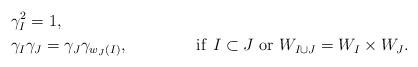
LaTeX: \begin{align*}&\gamma_I^2=1, \\&\gamma_I\gamma_J=\gamma_J\gamma_{w_J(I)},&\mathrm{if}\,\, I\subset J\,\,\mathrm{or} \,\,W_{I\cup J}=W_I\times W_J.\end{align*}